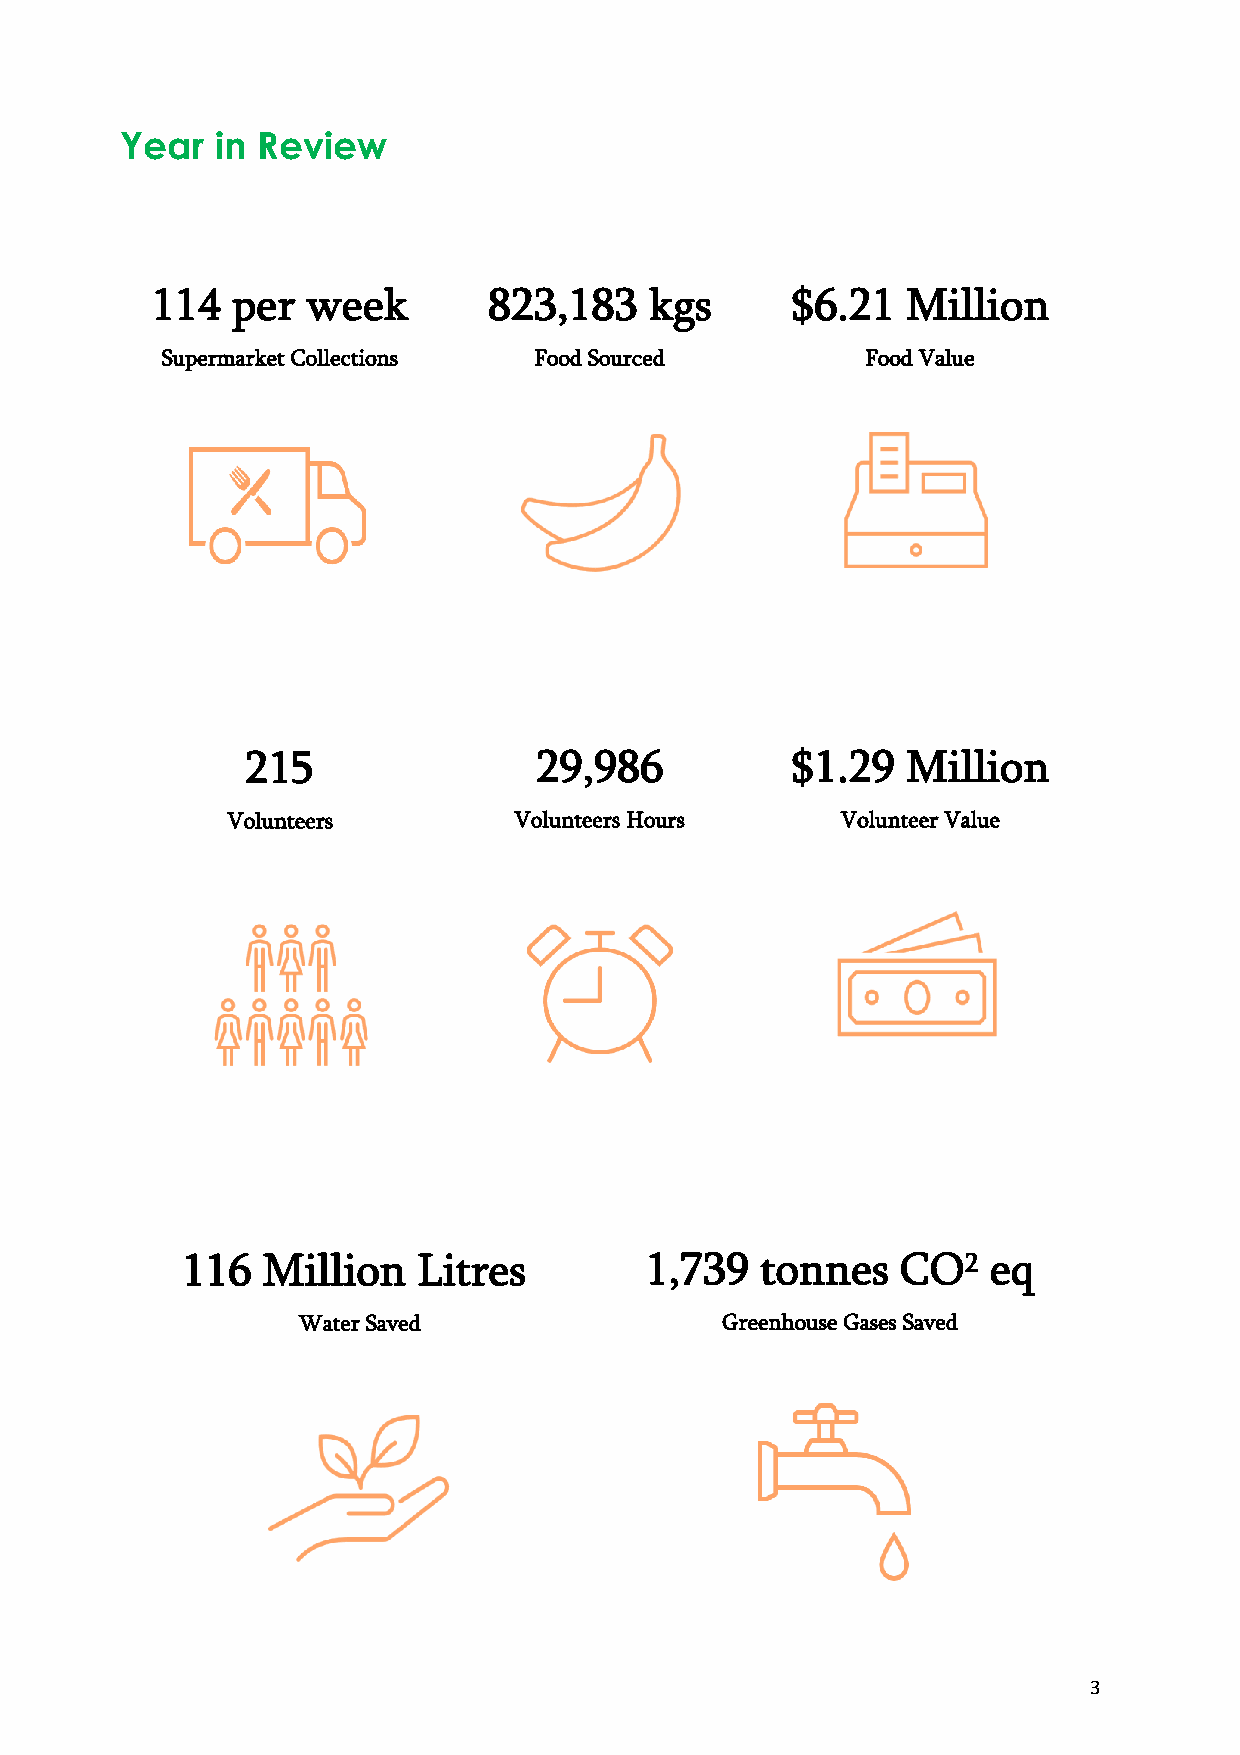
Year  in Review
 114  per  week        823,183    kgs      $6.21   Million
 Supermarket Collections Food Sourced          Food Value
 215                 29,986          $1.29   Million
 Volunteers         Volunteers Hours      Volunteer Value
 116  Million    Litres         1,739  tonnes    CO2   eq
 Water Saved                 Greenhouse Gases Saved
 3